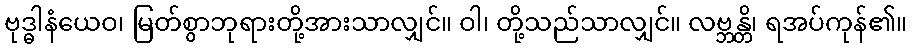
ဗုဒ္ဓါနံယေဝ၊ မြတ်စွာဘုရားတို့အားသာလျှင်။ ဝါ၊ တို့သည်သာလျှင်။ လဗ္ဘန္တိ၊ ရအပ်ကုန်၏။